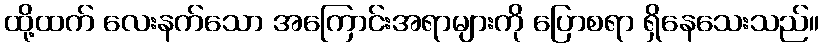
ထို့ထက် လေးနက်သော အကြောင်းအရာများကို ပြောစရာ ရှိနေသေးသည်။